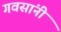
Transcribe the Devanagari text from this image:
गवसांनी